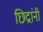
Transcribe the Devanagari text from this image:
छिद्रांनी